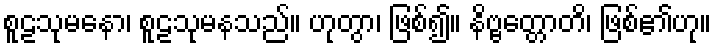
စူဠသုမနော၊ စူဠသုမနသည်။ ဟုတွာ၊ ဖြစ်၍။ နိဗ္ဗတ္တောတိ၊ ဖြစ်၏ဟု။